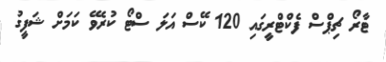
ޓާރޯ ޗިޕްސް ފެކްޓްރީގައި 120 ކޭސް އަލަ ސްޓޯ ކުރެވޭ ކަމަށް ޝަފީގު